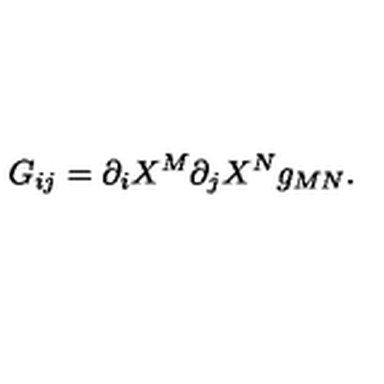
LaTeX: G _ { i j } = { \partial _ { i } } X ^ { M } { \partial _ { j } } X ^ { N } g _ { M N } .